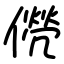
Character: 㒌